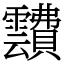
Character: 靅